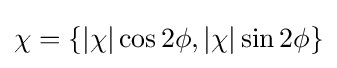
\chi =\{\left|\chi \right|\cos 2\phi ,\left|\chi \right|\sin 2\phi \}